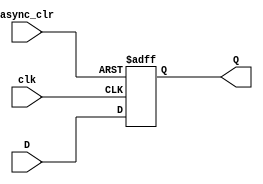
module d_ff_asynchronous_clear(
    input D,
    input clk,
    input async_clr,
    output reg Q
);

always @(posedge clk or posedge async_clr) begin
    if(async_clr) begin
        Q <= 1'b0;
    end else begin
        Q <= D;
    end
end

endmodule